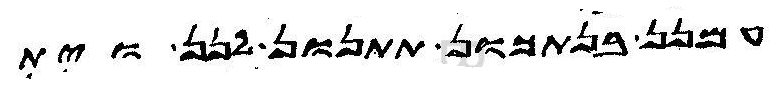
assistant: עמנן בנתכון תתנון לנן וית